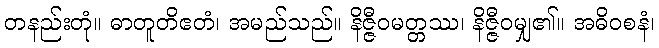
တနည်းတုံ။ ဓာတူတိဧတံ၊ အမည်သည်။ နိဇ္ဇီဝမတ္တဿ၊ နိဇ္ဇီဝမျှ၏။ အဓိဝစနံ၊